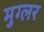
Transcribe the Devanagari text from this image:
मुग्लर